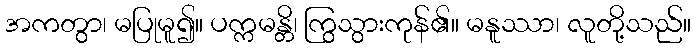
အကတွာ၊ မပြုမူ၍။ ပက္ကမန္တိ၊ ကြွသွားကုန်၏။ မနူဿာ၊ လူတို့သည်။